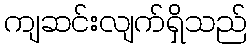
ကျဆင်းလျက်ရှိသည်